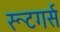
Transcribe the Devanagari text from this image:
रूटगर्स